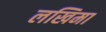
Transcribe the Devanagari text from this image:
लखिमा